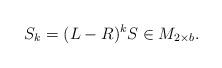
LaTeX: \begin{align*}S_k=(L-R)^kS\in M_{2\times b}.\end{align*}